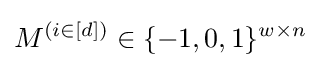
M^{(i\in [d])}\in \{-1,0,1\}^{w\times n}